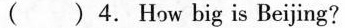
( ) 4. How big is Beijing?